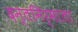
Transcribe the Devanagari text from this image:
दन्तनिर्माता